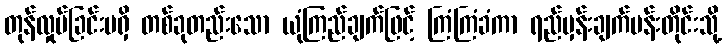
တုန်လှုပ်ခြင်းမရှိ တစ်ခုတည်းသော ယုံကြည်ချက်ဖြင့် ကြံကြံခံကာ ရည်မှန်းချက်ပန်းတိုင်းသို့